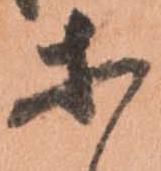
等